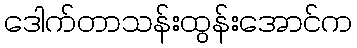
ဒေါက်တာသန်းထွန်းအောင်က